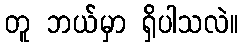
တူ ဘယ်မှာ ရှိပါသလဲ။